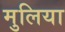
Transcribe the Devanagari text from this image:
मुलिया